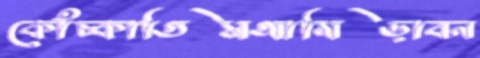
কোঁচ্‌কাতিসআমিড়াবন